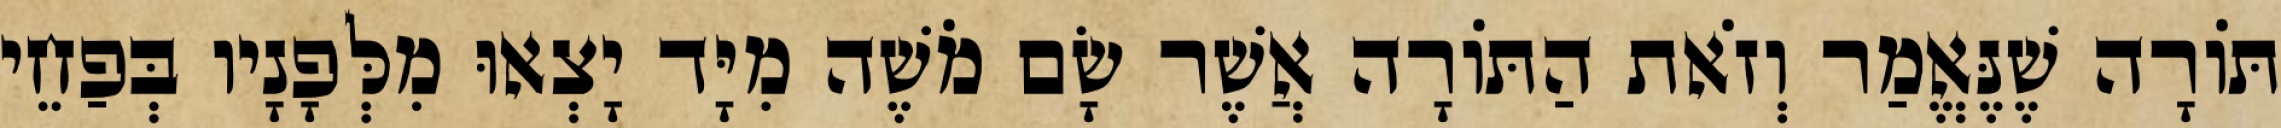
תּוֹרָה שֶׁנֶּאֱמַר וְזֹאת הַתּוֹרָה אֲשֶׁר שָׂם מֹשֶׁה מִיָּד יָצְאוּ מִלְּפָנָיו בְּפַחֵי